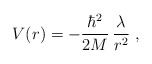
\begin{align*}V ( r ) = - \frac{\hbar^{2}}{2M}\, \frac{\lambda}{ r^{2} } \; ,\end{align*}